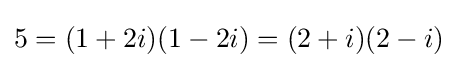
5=(1+2i)(1-2i)=(2+i)(2-i)